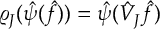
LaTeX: \varrho _ { J } ( \hat { \psi } ( \hat { f } ) ) = \hat { \psi } ( \hat { V } _ { J } \hat { f } )